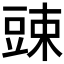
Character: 𰶙